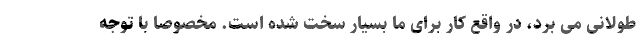
طولانی می برد، در واقع کار برای ما بسیار سخت شده است. مخصوصاً با توجه